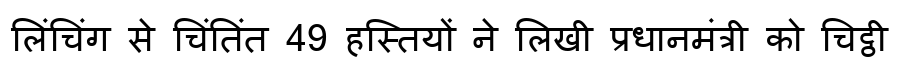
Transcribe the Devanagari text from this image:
लिंचिंग से चिंतिंत 49 हस्तियों ने लिखी प्रधानमंत्री को चिट्ठी